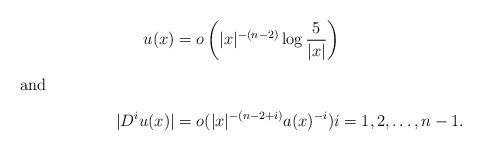
LaTeX: \begin{align*} u(x) &= o\left(|x|^{-(n-2)} \log \frac5{|x|}\right)\\\intertext{and} |D^iu(x)| &= o(|x|^{-(n-2+i)} a(x)^{-i})i=1,2,\ldots, n-1.\end{align*}